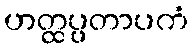
ဟတ္ထပ္ပတာပကံ